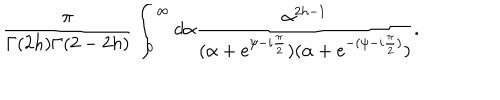
LaTeX: \frac { \pi } { \Gamma ( 2 h ) \Gamma ( 2 - 2 h ) } \int _ { 0 } ^ { \infty } d \alpha \frac { \alpha ^ { 2 h - 1 } } { ( \alpha + e ^ { \psi - i \frac { \pi } { 2 } } ) ( \alpha + e ^ { - ( \psi - i \frac { \pi } { 2 } ) } ) } .